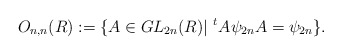
\begin{align*}O_{n,n}(R) := \{ A \in GL_{2n}(R) | \,\, ^{t}A\psi_{2n}A = \psi_{2n} \}.\end{align*}